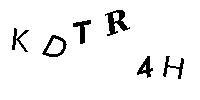
KDTR4H